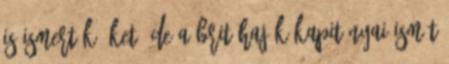
is ismerték őket, de a brit hajók kapitányai ismét